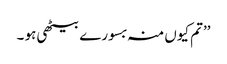
’’تم کیوں منہ بسورے بیٹھی ہو ۔